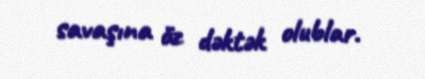
savaşına öz dəktək olublar.